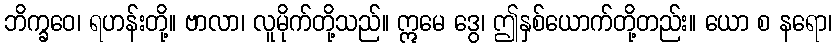
ဘိက္ခဝေ၊ ရဟန်းတို့။ ဗာလာ၊ လူမိုက်တို့သည်။ ဣမေ ဒွေ၊ ဤနှစ်ယောက်တို့တည်း။ ယော စ နရော၊